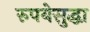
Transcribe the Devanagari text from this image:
रुपयेसुद्धा